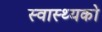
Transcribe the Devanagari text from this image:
स्वास्थ्यको